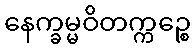
နေက္ခမ္မဝိတက္ကဉ္စေ